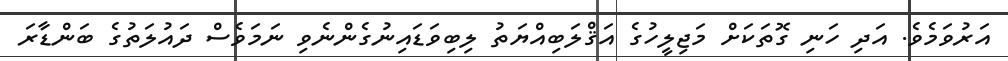
އަރުވަމެވެ. އަދި ހަނި ގޮތަކަށް މަޖިލީހުގެ އަޤްލަބިއްޔަތު ލިބިވަޑައިނުގެންނެވި ނަމަވެސް ދައުލަތުގެ ބަންޑާރަ